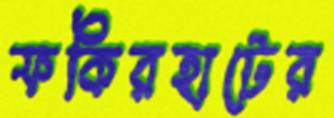
ফকিরহাটের